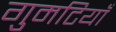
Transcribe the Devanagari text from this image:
गुमटियाँ